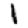
Digit: 1